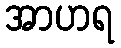
အာဟရ